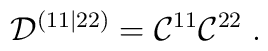
{\cal D}^{(11|22)}= {\cal C}^{11} {\cal C}^{22} \; .